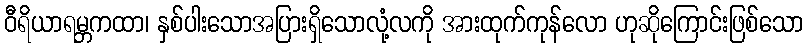
ဝီရိယာရမ္ဘကထာ၊ နှစ်ပါးသောအပြားရှိသောလုံ့လကို အားထုက်ကုန်လော ဟုဆိုကြောင်းဖြစ်သော